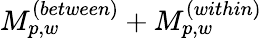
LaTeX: M_{p,w}^{(between)}+M_{p,w}^{(within)}